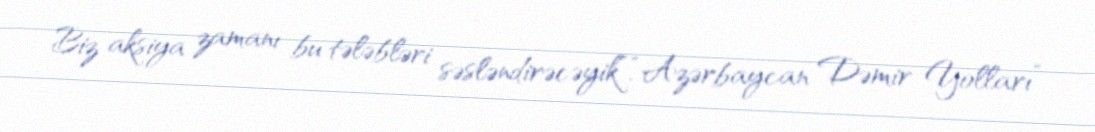
Biz aksiya zamanı bu tələbləri səsləndirəcəyik”.“Azərbaycan Dəmir Yolları”